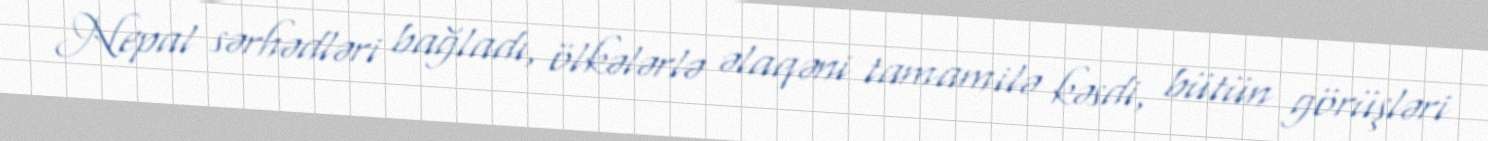
Nepal sərhədləri bağladı, ölkələrlə əlaqəni tamamilə kəsdi, bütün görüşləri